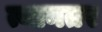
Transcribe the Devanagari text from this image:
त्यानतर